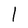
Character: l